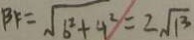
B F = \sqrt { 6 ^ { 2 } + 4 ^ { 2 } } = 2 \sqrt { 1 3 }